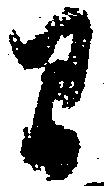
間